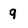
Character: 9